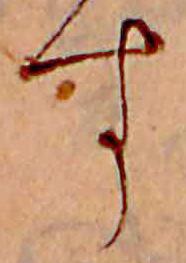
す